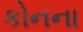
કોનના